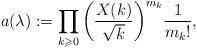
LaTeX: \begin{align*} a(\lambda):= \prod_{k\geqslant 0} \bigg( \frac{X(k)}{\sqrt{k}}\bigg)^{m_k} \frac{1}{m_k! },\end{align*}